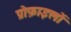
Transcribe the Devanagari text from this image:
प्रोफ़ाइलों